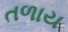
તળાય